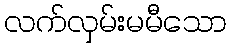
လက်လှမ်းမမီသော